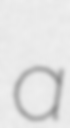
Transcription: a